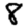
Digit: 8